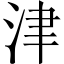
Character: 津